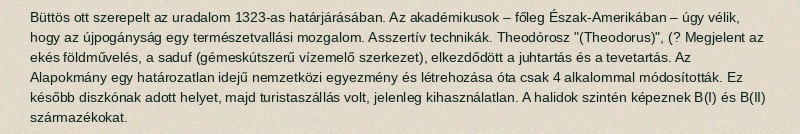
Büttös ott szerepelt az uradalom 1323-as határjárásában. Az akadémikusok – főleg Észak-Amerikában – úgy vélik, hogy az újpogányság egy természetvallási mozgalom. Asszertív technikák. Theodórosz "(Theodorus)", (? Megjelent az ekés földművelés, a saduf (gémeskútszerű vízemelő szerkezet), elkezdődött a juhtartás és a tevetartás. Az Alapokmány egy határozatlan idejű nemzetközi egyezmény és létrehozása óta csak 4 alkalommal módosították. Ez később diszkónak adott helyet, majd turistaszállás volt, jelenleg kihasználatlan. A halidok szintén képeznek B(I) és B(II) származékokat.